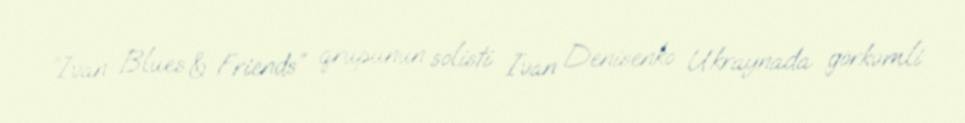
“Ivan Blues & Friends” qrupunun solisti İvan Denisenko Ukraynada görkəmli